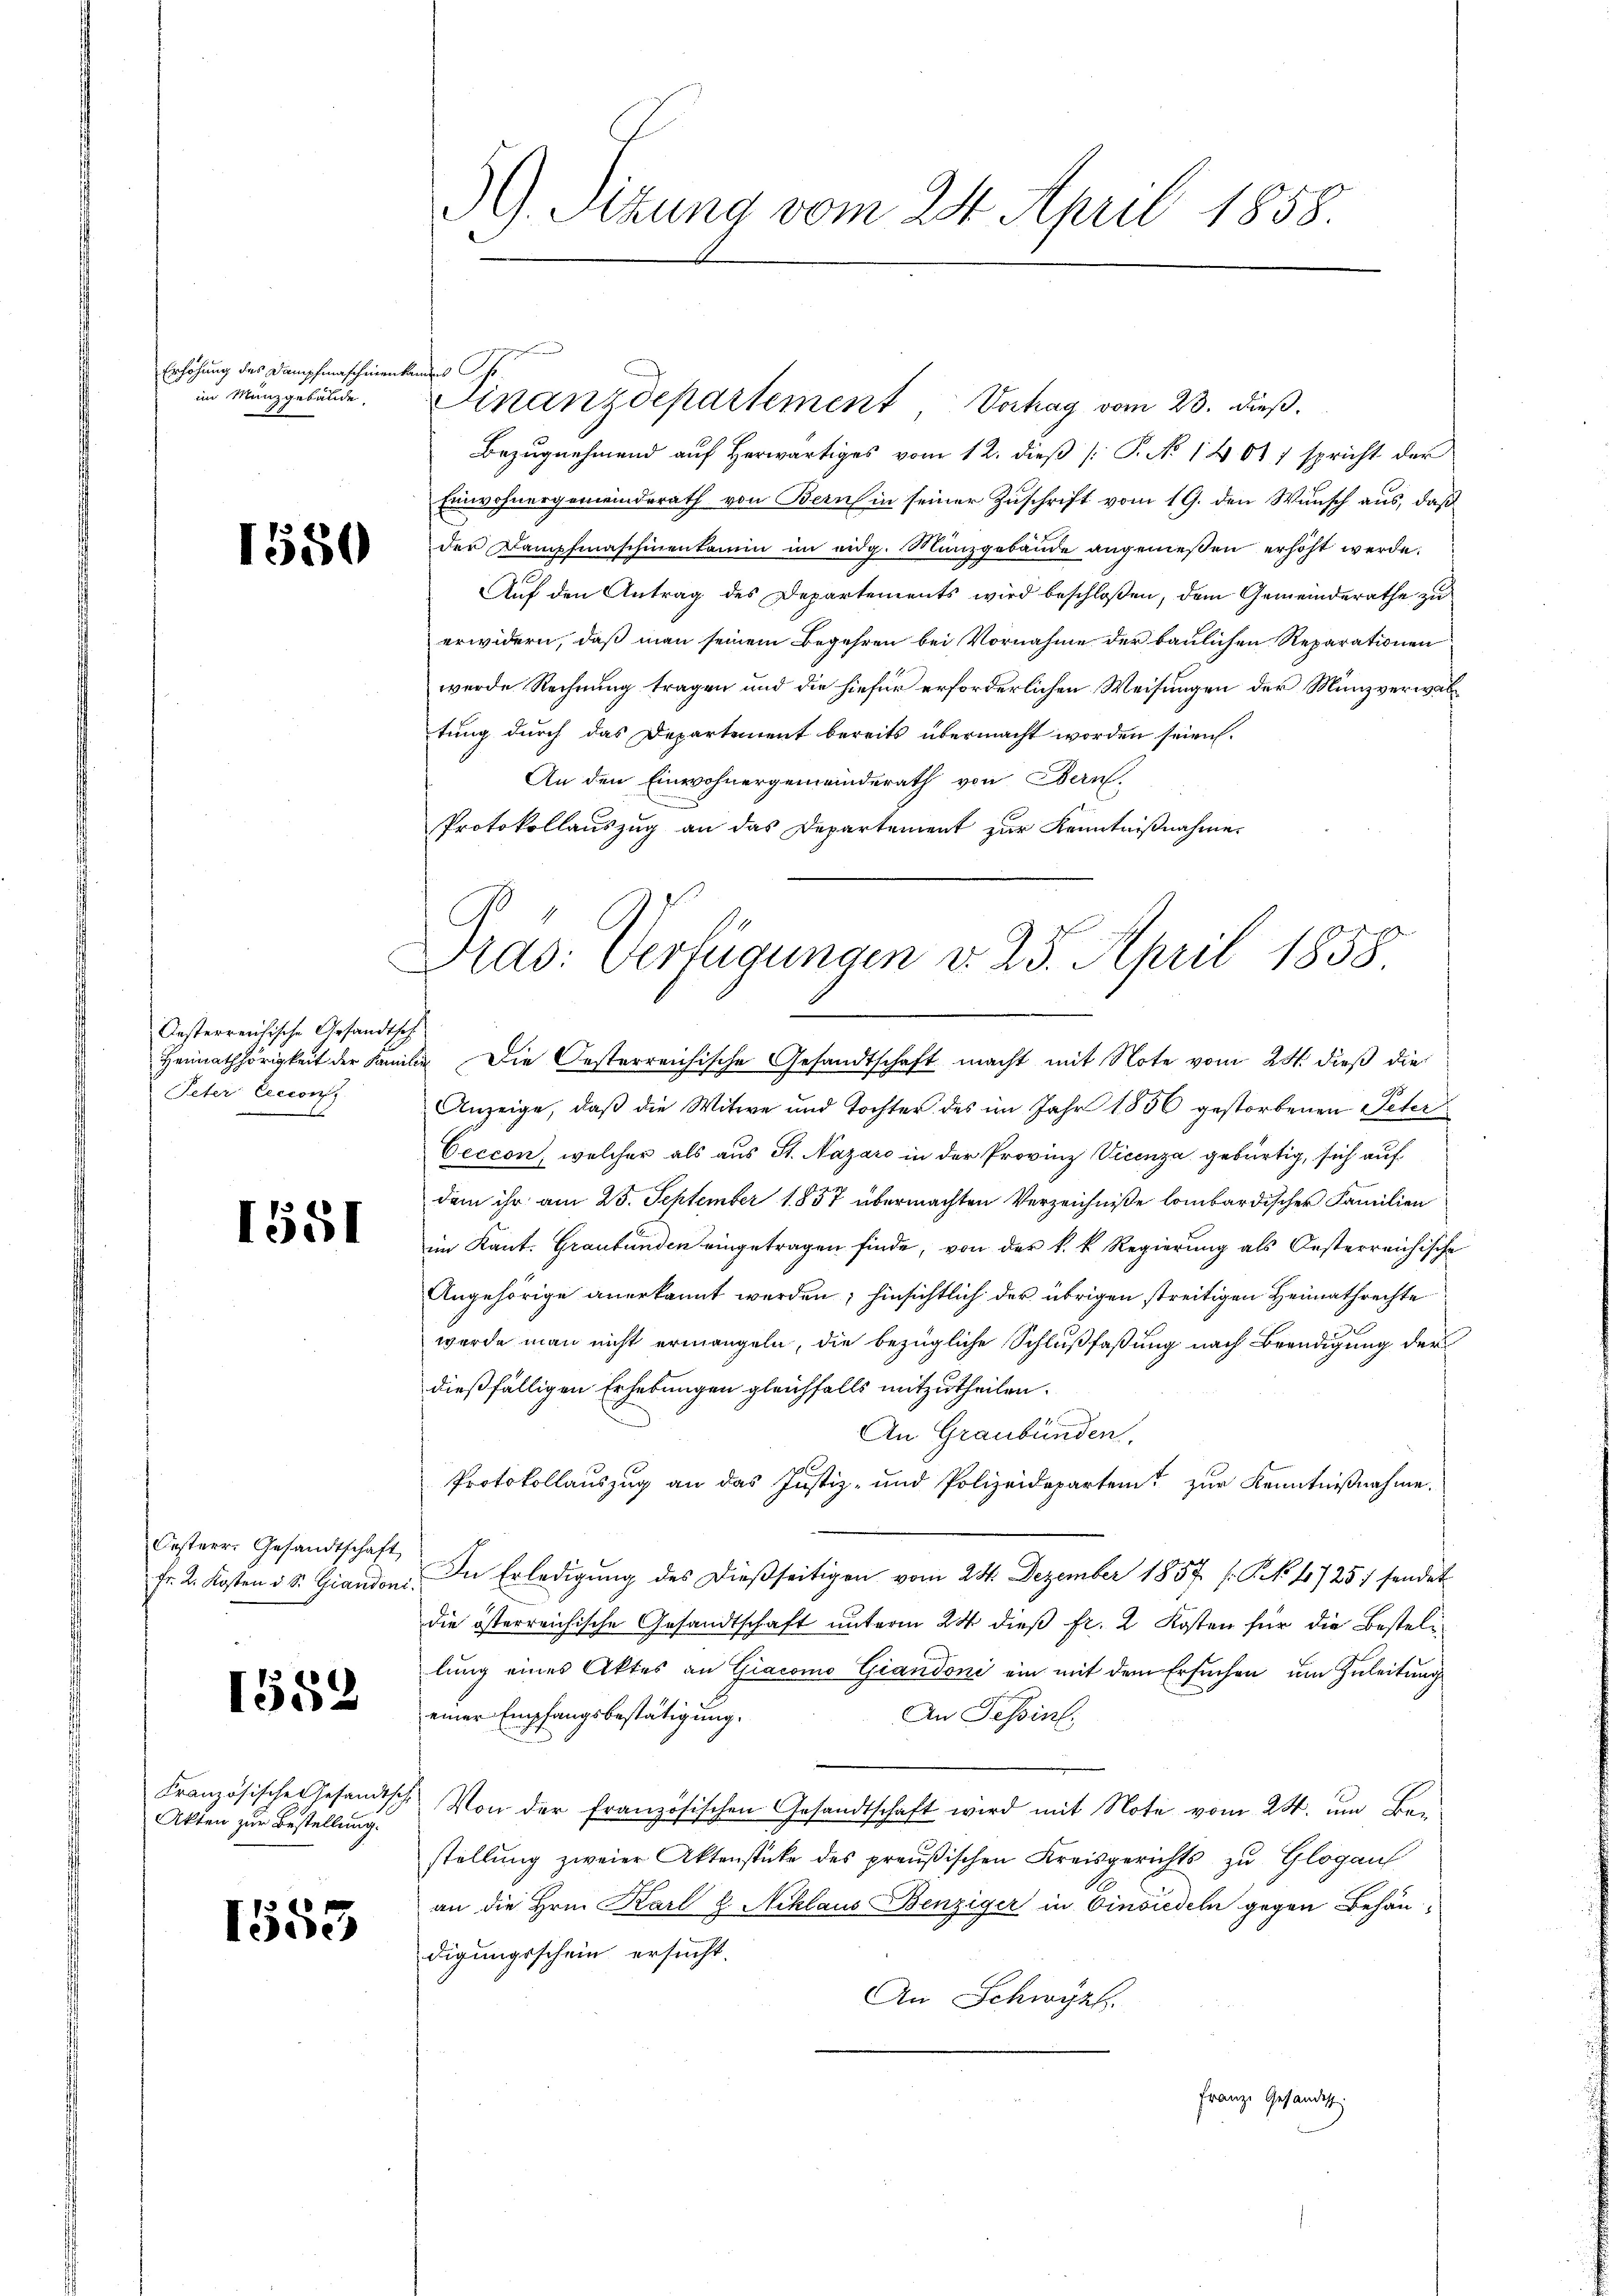
Erhöhung des Dampfmaschinent
im Münzgebäude,

1550

Oesterreichische Gesandtsch
Peter Lecconf

1551

Oesterr. Gesandtschaft
Fr. 2. Kosten d. S. Grandoni.

1552

Französische Gesandtsche
Akten zur Bestellung.

1553

59. Sizung vom 24. April 1858.

nfer Ge
Finanzdepartement, Vorhag vom 23. dieß.

Bezugnehmend auf Herwärtiges vom 12. dieß [P. No 14011 spricht der
Einwohnergemeinderath von Bern in seiner Zuschrift vom 19. den Wunsch aus, daß
der Dampfmaschinenkamen im eidg. Münzgebäude angeniessen erhöht werde.
Auf den Antrag des Departements wird beschloßen, dem Gemeinderathe zu
erwidern, daß man seinem Begehren bei Vornahme der baulichen Reparationen
werde Rechnung tragen und die hiefür erforderlichen Weisungen der Münzverwaltung durch das Departement bereits übermacht worden seien.
An den Einwohnergemeinderath von Bern,
Protokollauszug an das Departement zur Kenntnißnahme
Heimathörigkeit der Familie Die Oesterreichische Gesandtschaft macht mit Note vom 28. dieß die
Anzeige, daß die Witwe und Tochter des im Jahr 1856 gestorbenen Peter
Ceccon, welcher als aus St. Nazaro in der Provinz Vicenza gebürtig, sich auf
dem ihr am 25. September 1857 übermachten Verzeichniße lombardischer Familien
im Kant. Graubünden eingetragen finde, von der k. k. Regierung als Oesterreichische
Angehörige anerkannt werden; hinsichtlich der übrigen streitigen Heimathrechte
wurde man nicht ermangeln, die bezügliche Schlußfaßung nach Beendigung der
dießfälligen Erhebungen gleichfalls mitzutheilen.
An Graubünden.
Protokollauszug an das Justiz- und Polizeidepartent zur Kenntnißnahme.
In Erledigung des dießseitigen vom 24. Dezember 1857 f. P. No. 47257 sendet
die österreichische Gesandtschaft unterm 24 dieß fr. 2 Kosten für die Bestellung eines Aktes an Giacomo Giandoni ein mit dem Ersuchen um Zuleitung
einer Empfangsbestätigung.
An Tessin.
2 Von der französischen Gesandtschaft wird mit Note vom 24. um Bei
stellung zweier Aktenstücke des preußischen Kreisgerichts zu Glogau
an die Hrn. Karl u Niklaus Benziger in Einsiedeln gegen Behändigungsschein ersucht.
An Schwyz.
Franze Gesandest.

Dras. Verfügungen d. 23. April 1858.